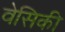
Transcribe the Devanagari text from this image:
वेसिकी